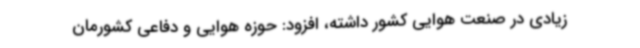
زیادی در صنعت هوایی کشور داشته، افزود: حوزه هوایی و دفاعی کشورمان